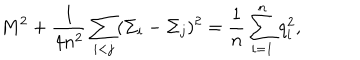
LaTeX: M ^ { 2 } + { \frac { 1 } { 4 n ^ { 2 } } } \sum _ { i < j } ( \Sigma _ { i } - \Sigma _ { j } ) ^ { 2 } = { \frac { 1 } { n } } \sum _ { i = 1 } ^ { n } q _ { i } ^ { 2 } ,